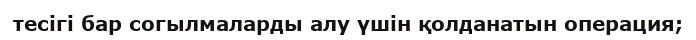
тесігі бар согылмаларды алу үшін қолданатын операция;